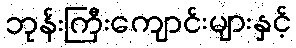
ဘုန်းကြီးကျောင်းများနှင့်